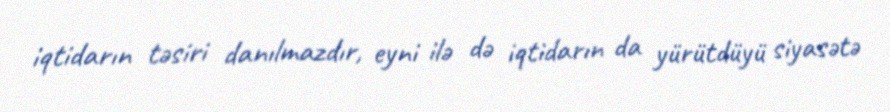
iqtidarın təsiri danılmazdır, eyni ilə də iqtidarın da yürütdüyü siyasətə